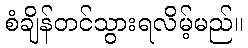
စံချိန်တင်သွားရလိမ့်မည်။